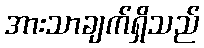
အားသာချက်ရှိသည်